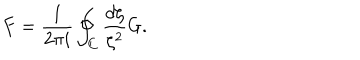
LaTeX: F = \frac { 1 } { 2 \pi i } \oint _ { C } \frac { d \zeta } { \zeta ^ { 2 } } G .